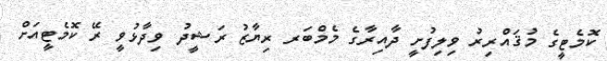
ކޮމެޓީގެ މުޤައްރިރު ވިލިފުށީ ދާއިރާގެ މެމްބަރ ރިޔާޒު ރަޝީދު ވިދާޅުވީ ރޭ ކޮމެޓީއަށް